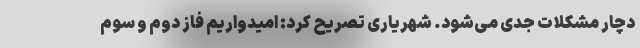
دچار مشکلات جدی می‌شود. شهریاری تصریح کرد: امیدواریم فاز دوم و سوم